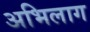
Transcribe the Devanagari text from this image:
अभिलाग